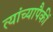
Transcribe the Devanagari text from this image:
त्यांच्यापैकीं